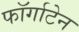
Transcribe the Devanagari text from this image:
फॉर्गाटेन